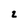
Character: 2